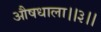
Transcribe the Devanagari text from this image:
औषधाला।।३।।